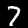
Label: 7